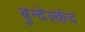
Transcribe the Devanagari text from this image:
बुन्देल्कंद